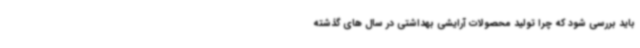
باید بررسی شود که چرا تولید محصولات آرایشی بهداشتی در سال های گذشته